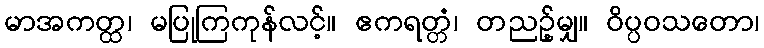
မာအကတ္ထ၊ မပြုကြကုန်လင့်။ ဧကရတ္တံ၊ တညဉ့်မျှ။ ဝိပ္ပဝသတော၊